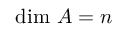
{ \mathrm { d i m ~ } } A = n